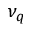
\nu _ { q }